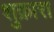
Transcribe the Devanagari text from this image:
शुक्रारा